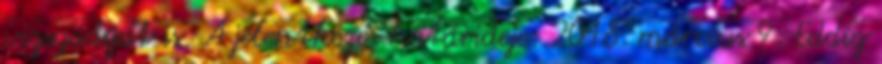
vizsgadíjat is. A jelentkezés határideje: 2018. március 9. Eddig